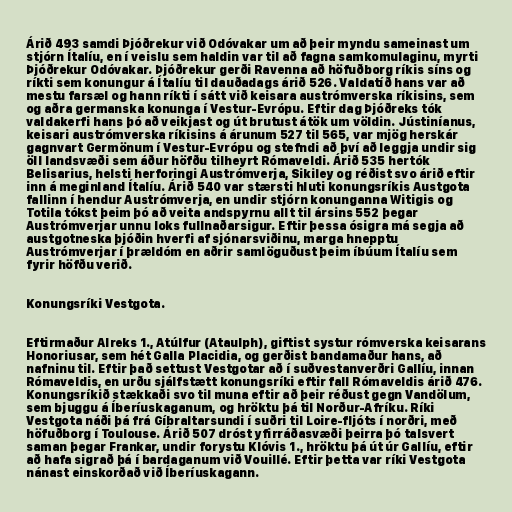
Árið 493 samdi Þjóðrekur við Odóvakar um að þeir myndu sameinast um
stjórn Ítalíu, en í veislu sem haldin var til að fagna samkomulaginu, myrti
Þjóðrekur Odóvakar. Þjóðrekur gerði Ravenna að höfuðborg ríkis síns og
ríkti sem konungur á Ítalíu til dauðadags árið 526. Valdatíð hans var að
mestu farsæl og hann ríkti í sátt við keisara austrómverska ríkisins, sem
og aðra germanska konunga í Vestur-Evrópu. Eftir dag Þjóðreks tók
valdakerfi hans þó að veikjast og út brutust átök um völdin. Jústiníanus,
keisari austrómverska ríkisins á árunum 527 til 565, var mjög herskár
gagnvart Germönum í Vestur-Evrópu og stefndi að því að leggja undir sig
öll landsvæði sem áður höfðu tilheyrt Rómaveldi. Árið 535 hertók
Belisarius, helsti herforingi Austrómverja, Sikiley og réðist svo árið eftir
inn á meginland Ítalíu. Árið 540 var stærsti hluti konungsríkis Austgota
fallinn í hendur Austrómverja, en undir stjórn konunganna Witigis og
Totila tókst þeim þó að veita andspyrnu allt til ársins 552 þegar
Austrómverjar unnu loks fullnaðarsigur. Eftir þessa ósigra má segja að
austgotneska þjóðin hverfi af sjónarsviðinu, marga hnepptu
Austrómverjar í þrældóm en aðrir samlöguðust þeim íbúum Ítalíu sem
fyrir höfðu verið.

Konungsríki Vestgota.

Eftirmaður Alreks 1., Atúlfur (Ataulph), giftist systur rómverska keisarans
Honoriusar, sem hét Galla Placidia, og gerðist bandamaður hans, að
nafninu til. Eftir það settust Vestgotar að í suðvestanverðri Gallíu, innan
Rómaveldis, en urðu sjálfstætt konungsríki eftir fall Rómaveldis árið 476.
Konungsríkið stækkaði svo til muna eftir að þeir réðust gegn Vandölum,
sem bjuggu á Íberíuskaganum, og hröktu þá til Norður-Afríku. Ríki
Vestgota náði þá frá Gíbraltarsundi í suðri til Loire-fljóts í norðri, með
höfuðborg í Toulouse. Árið 507 dróst yfirráðasvæði þeirra þó talsvert
saman þegar Frankar, undir forystu Klóvis 1., hröktu þá út úr Gallíu, eftir
að hafa sigrað þá í bardaganum við Vouillé. Eftir þetta var ríki Vestgota
nánast einskorðað við Íberíuskagann.